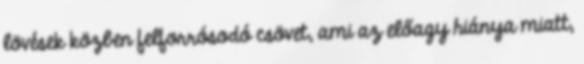
lövések közben felforrósodó csövet, ami az előagy hiánya miatt,